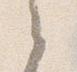
之